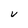
Character: V